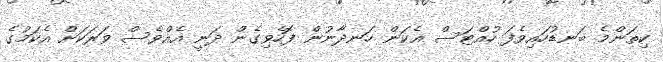
ކިތަންމެ ބަނޑުހައިވެފަ ހުއްޓަސް އެކަން ހަނދާނުން ފޮހެވިގެން ދަނީ އެއްވެސް ވަރަކަށް އެކަމުގެ